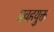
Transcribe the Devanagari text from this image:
प्रवहयुक्त